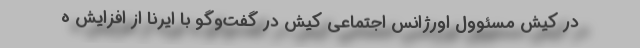
در کیش مسئوول اورژانس اجتماعی کیش در گفت‌وگو با ایرنا از افزایش ه